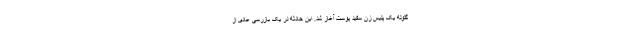
گلوله یک پلیس زن سفید پوست آغاز شد. این حادثه در یک بازرسی عادی از